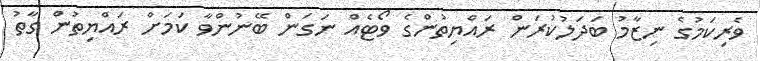
ވެރިކަމުގެ ނިޒާމު ބަދަލުކުރަން ރައްޔިތުންގެ ވޯޓެއް ނަގަން ބޭނުންވާ ކަމަށް ރައްޔިތުން ގާތު